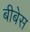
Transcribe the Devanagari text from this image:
बीबेस